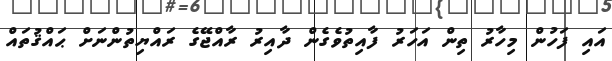
އައި ފަހުން މިހާރު ތިން އަހަރު ފާއިތުވެގެން ދާއިރު ރާއްޖޭގެ ރައްޔިތުންނަށް ޙައްޤުތައް